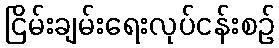
ငြိမ်းချမ်းရေးလုပ်ငန်းစဉ်